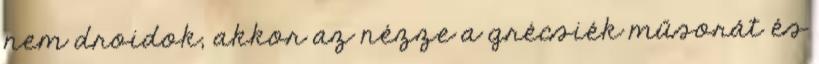
nem droidok, akkor az nézze a grécsiék műsorát és